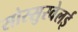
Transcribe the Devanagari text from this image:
सोस्सुस्वेलई